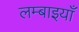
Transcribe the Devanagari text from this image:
लम्बाइयाँ